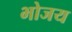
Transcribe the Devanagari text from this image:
भोजय